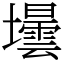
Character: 壜